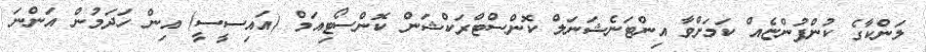
ލަންކާގެ ކުންފުންޏެއް ކަމަށްވާ އިންޓަނެޝަނަލް ކޮންސްޓްރަކްޝަން ކޮންސޯޓިއަމް (އައިސީސީ) އިން ހަދަމުން އަންނަ